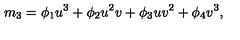
m _ { 3 } = \phi _ { 1 } u ^ { 3 } + \phi _ { 2 } u ^ { 2 } v + \phi _ { 3 } u v ^ { 2 } + \phi _ { 4 } v ^ { 3 } ,